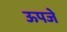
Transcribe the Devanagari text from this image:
ऊपजे